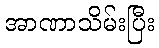
အာဏာသိမ်းပြီး